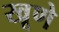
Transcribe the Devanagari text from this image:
खूणे